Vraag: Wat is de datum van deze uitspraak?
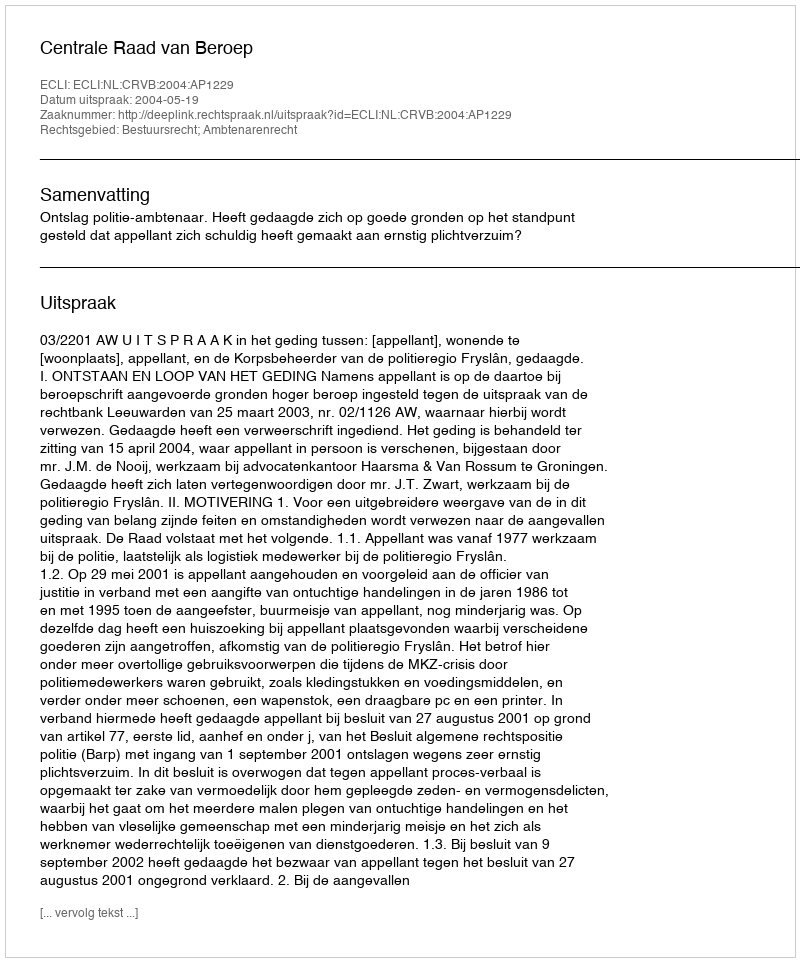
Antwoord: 2004-05-19